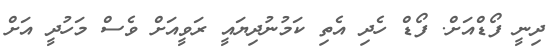
ދިނީ ފޯޑްއަށް. ފޯޑް ހެދި އެތި ކަމުނުދިޔައީ ރަވީއަށް ވެސް މަހުދީ އަށް